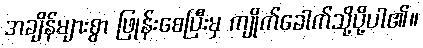
အချိန်များစွာ ဖြုန်းစေပြီးမှ ကျိုက်ခေါက်သို့ပို့ပါ၏။